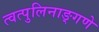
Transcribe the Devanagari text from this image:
त्वत्पुलिनाङ्गणे